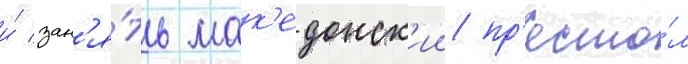
и́ зан'я́ть мак'едонск'ии пр'есто́л